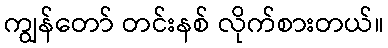
ကျွန်တော် တင်းနစ် လိုက်စားတယ်။